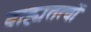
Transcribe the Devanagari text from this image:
बाह्यतत्वों